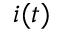
i ( t )